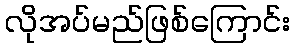
လိုအပ်မည်ဖြစ်ကြောင်း